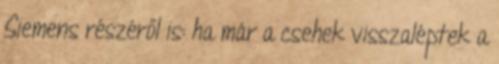
Siemens részéről is: ha már a csehek visszaléptek a